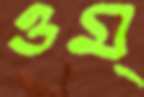
ওম্